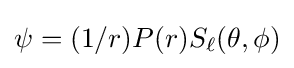
\psi =(1/r)P(r)S_{\ell }(\theta ,\phi )